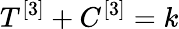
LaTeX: T^{[3]}+C^{[3]}=k